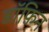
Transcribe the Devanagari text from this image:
डॉफ़िन